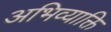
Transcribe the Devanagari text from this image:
अभिव्याक्ति